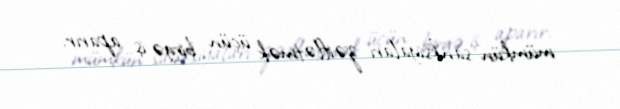
mümkün sanksiyaları zəiflətmək üçün birgə iş aparır.